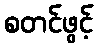
စတင်ဖွင့်